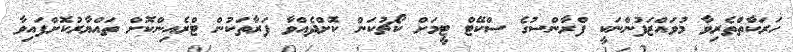
ހަރަކާތްތެރިވާ މުވައްޒަފުންނަކީ ފްރާންސުގެ ސްކޭޓް ޓީމަށް ކޯޗުކަން ކޮށްދެއްވާ ފަރާތަކުން ޓްރެއިންކޮށް ތައްޔާރުކޮށްފައިވާ